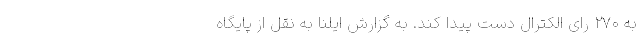
به ۲۷۰ رای الکترال دست پیدا کند. به گزارش ایلنا به نقل از پایگاه